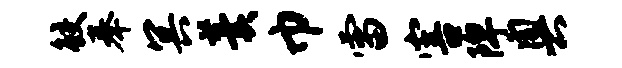
鲛奉冥羹巾雷害陴奥